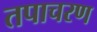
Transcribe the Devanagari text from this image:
तपाचरण